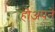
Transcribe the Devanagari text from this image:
होअपने